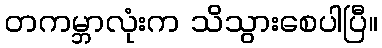
တကမ္ဘာလုံးက သိသွားစေပါပြီ။